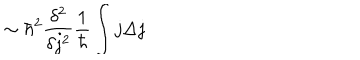
\sim \hbar ^ { 2 } \frac { \delta ^ { 2 } } { \delta j ^ { 2 } } \frac { 1 } { \hbar } \int j \Delta j